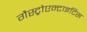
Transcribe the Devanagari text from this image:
गैस्ट्रोएन्टाइटिस